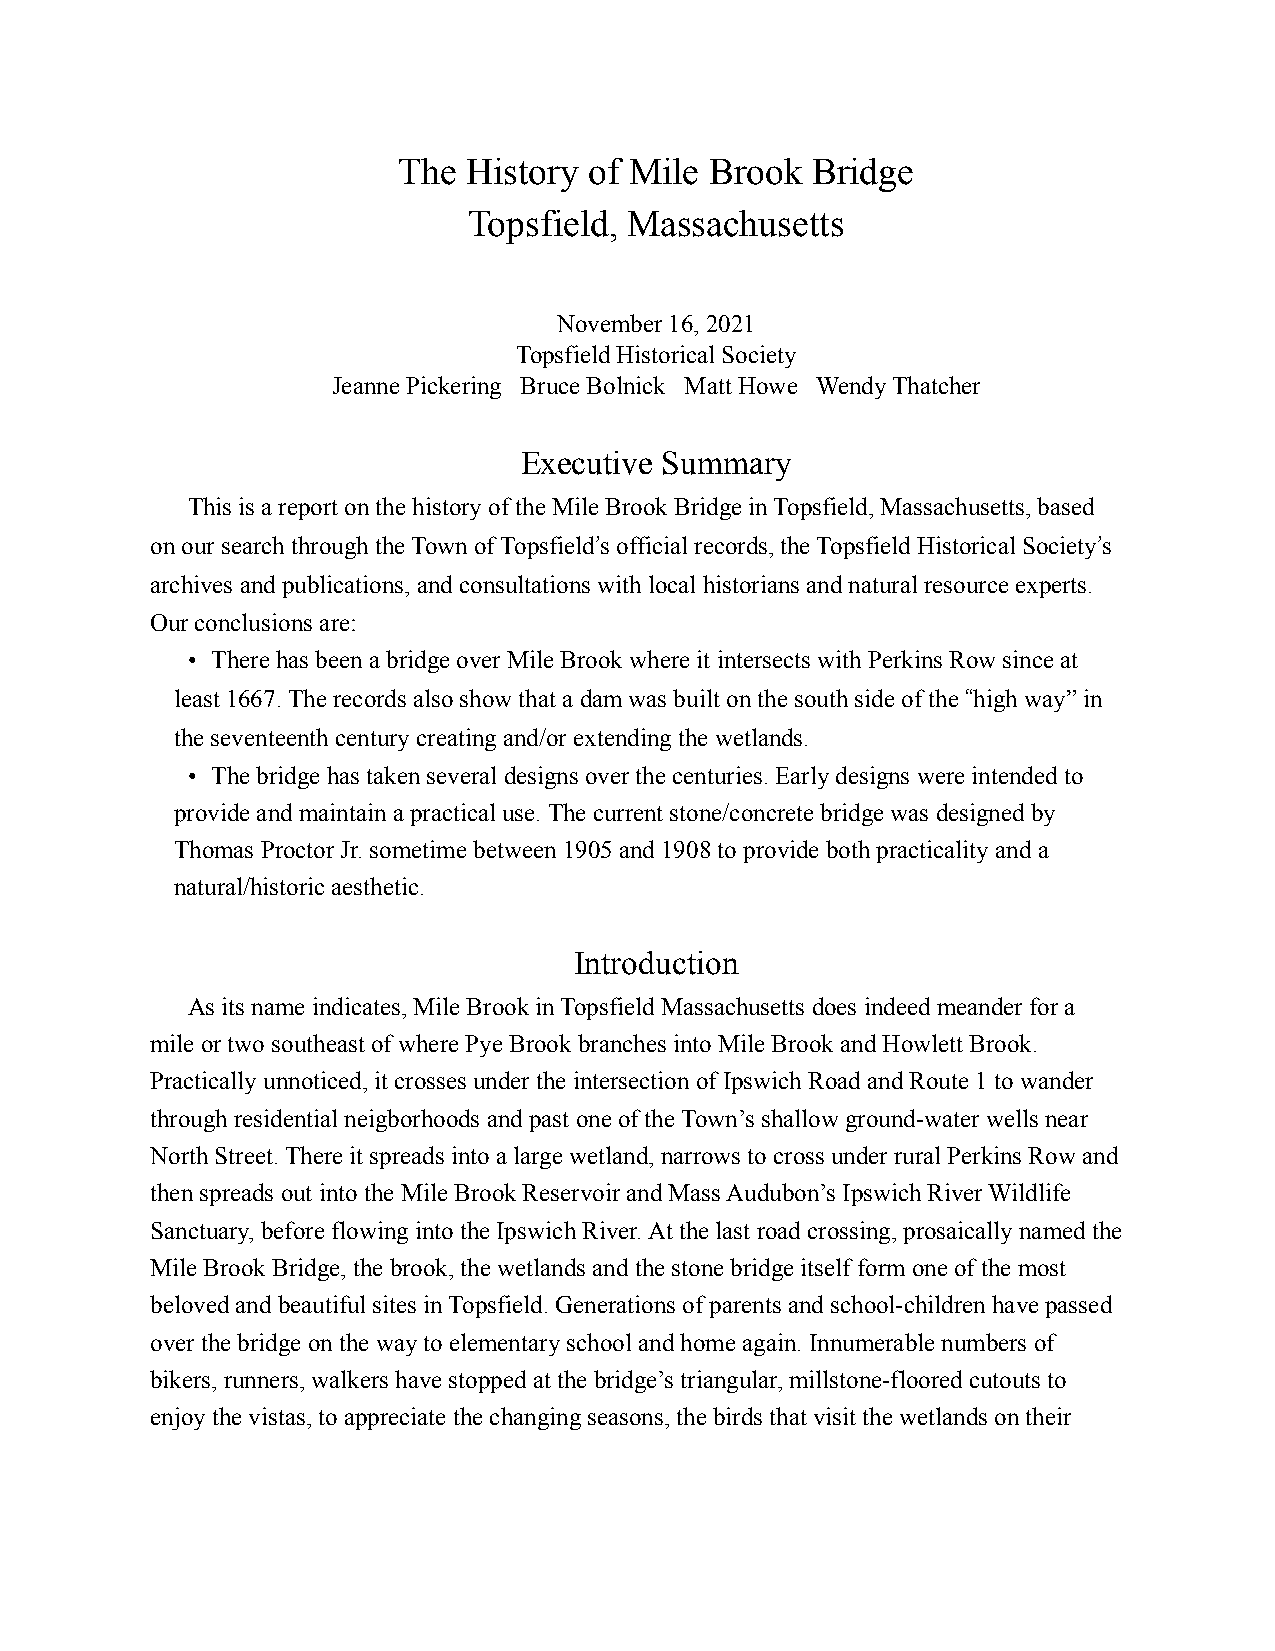
The  History of Mile Brook  Bridge
 Topsfield, Massachusetts
 November 16, 2021
 Topsfield Historical Society
 Jeanne Pickering Bruce Bolnick Matt Howe Wendy Thatcher
 Executive Summary
 This is a report on the history of the Mile Brook Bridge in Topsfield, Massachusetts, based
 on our search through the Town of Topsfield!s official records, the Topsfield Historical Society!s
 archives and publications, and consultations with local historians and natural resource experts.
 Our conclusions are:
 • There has been a bridge over Mile Brook where it intersects with Perkins Row since at
 least 1667. The records also show that a dam was built on the south side of the "high way” in
 the seventeenth century creating and/or extending the wetlands.
 • The bridge has taken several designs over the centuries. Early designs were intended to
 provide and maintain a practical use. The current stone/concrete bridge was designed by
 Thomas Proctor Jr. sometime between 1905 and 1908 to provide both practicality and a
 natural/historic aesthetic.
 Introduction
 As its name indicates, Mile Brook in Topsfield Massachusetts does indeed meander for a
 mile or two southeast of where Pye Brook branches into Mile Brook and Howlett Brook.
 Practically unnoticed, it crosses under the intersection of Ipswich Road and Route 1 to wander
 through residential neigborhoods and past one of the Town’s shallow ground-water wells near
 North Street. There it spreads into a large wetland, narrows to cross under rural Perkins Row and
 then spreads out into the Mile Brook Reservoir and Mass Audubon’s Ipswich River Wildlife
 Sanctuary, before flowing into the Ipswich River. At the last road crossing, prosaically named the
 Mile Brook Bridge, the brook, the wetlands and the stone bridge itself form one of the most
 beloved and beautiful sites in Topsfield. Generations of parents and school-children have passed
 over the bridge on the way to elementary school and home again. Innumerable numbers of
 bikers, runners, walkers have stopped at the bridge’s triangular, millstone-floored cutouts to
 enjoy the vistas, to appreciate the changing seasons, the birds that visit the wetlands on their